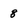
Character: 8